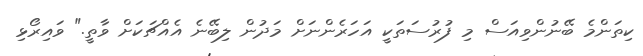
ކިތަންމެ ބޭނުންވިއަސް މި ފުރުސަތަކީ އަހަރެންނަށް މަދުން ލިބޭނެ އެއްޗަކަށް ވާތީ." ވައިރޯޅި